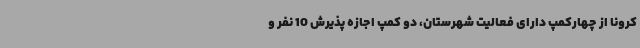
کرونا از چهارکمپ دارای فعالیت شهرستان، دو کمپ اجازه پذیرش 10 نفر و